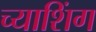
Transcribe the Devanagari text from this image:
च्याशिंग